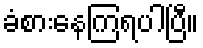
ခံစားနေကြရပါပြီ။